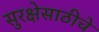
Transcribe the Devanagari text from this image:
सुरक्षेसाठीचे